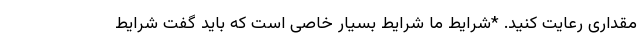
مقداری رعایت کنید. *شرایط ما شرایط بسیار خاصی است که باید گفت شرایط